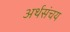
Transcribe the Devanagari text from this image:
अर्थसंचय